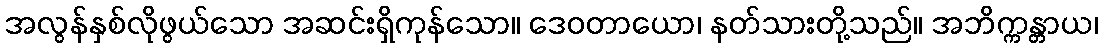
အလွန်နှစ်လိုဖွယ်သော အဆင်းရှိကုန်သော။ ဒေဝတာယော၊ နတ်သားတို့သည်။ အဘိက္ကန္တာယ၊